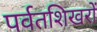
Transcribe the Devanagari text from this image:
पर्वतशिखरों